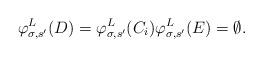
LaTeX: \begin{align*}\varphi^L_{\sigma, s'}(D) = \varphi^L_{\sigma, s'}(C_i) \varphi^L_{\sigma, s'}(E) = \emptyset.\end{align*}